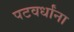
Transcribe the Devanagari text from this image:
पटवर्धांना